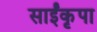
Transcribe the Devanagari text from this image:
साईंकृपा